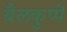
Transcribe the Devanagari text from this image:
बैलकुप्पॆ